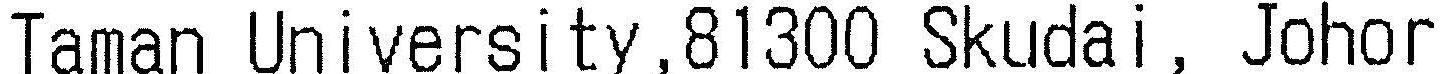
TAMAN UNIVERSITY,81300 SKUDAI, JOHOR